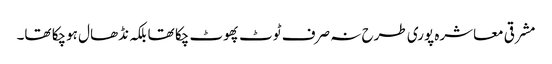
مشرقی معاشرہ پوری طرح نہ صرف ٹوٹ پھوٹ چکا تھا بلکہ نڈھال ہوچکا تھا۔